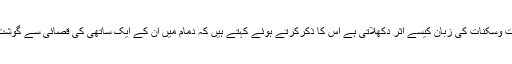
انسان کے اشاروں اورحرکات وسکنات کی زبان کیسے اثر دکھلاتی ہے اُس کا ذکرکرتے ہوئے کہتے ہیں کہ دمّام میں ان کے ایک ساتھی کی قصائی سے گوشت کے معیار پر تلخی ہوگئی۔